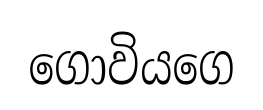
ගොවියගෙ